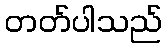
တတ်ပါသည်